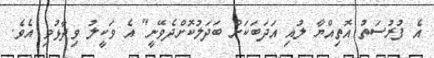
އެ ފުރުސަތު އޮތިއްޔާ ލުއި އަދަބަކަށް ބަދަލުކޮށްދެވޭނީ" އެ ވަކީލު ވިދާޅުވި އެވެ.